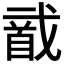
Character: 𱄌